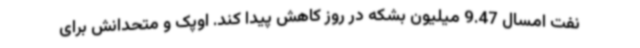
نفت امسال 9.47 میلیون بشکه در روز کاهش پیدا کند. اوپک و متحدانش برای